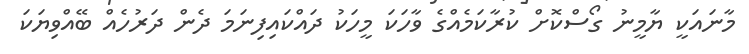
މާނައަކީ ޔާމީނު ގޯސްކޮށް ކުރާކަމެއްގެ ވާހަކަ މީހަކު ދައްކައިފިނަމަ ދެން ދަރުހެއް ބޭއްވިޔަކަ